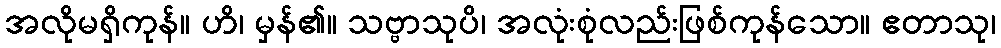
အလိုမရှိကုန်။ ဟိ၊ မှန်၏။ သဗ္ဗာသုပိ၊ အလုံးစုံလည်းဖြစ်ကုန်သော။ ဧတာသု၊